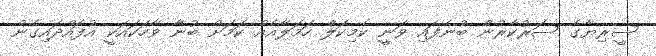
ސީރިޔާގެ ސަރުކާރުން ބުނެފައި ވަނީ ކެމިކަލް ހަމަލާއެއް ކަމަށް ބުނާ ވާހަކައަކީ އުފައްދައިގެން